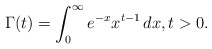
\begin{align*}\Gamma(t)=\int_0^\infty e^{-x}x^{t-1}\,dx, t>0.\end{align*}